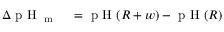
\begin{array} { r l } { \Delta \textrm { p H } _ { \textrm { m } } } & { { } = \textrm { p H } ( R + w ) - \textrm { p H } ( R ) } \end{array}